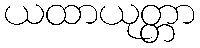
ယထာယုတ္တာ